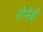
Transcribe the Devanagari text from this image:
रोनेबी